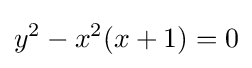
y^{2}-x^{2}(x+1)=0